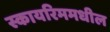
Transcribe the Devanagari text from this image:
स्कायरिममधील